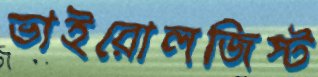
ভাইরোলজিস্ট